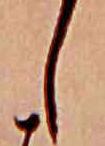
し